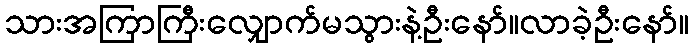
သားအကြာကြီးလျှောက်မသွားနဲ့ဦးနော်။လာခဲ့ဦးနော်။